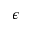
\epsilon